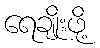
ရေချိုးဖို့